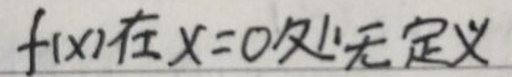
$f(x)在x = 0处无定义$